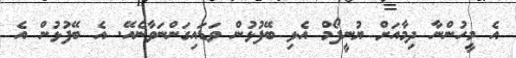
އެ މީހުންނާ ދިމާއަށް ޔުނީފޯމް އެޅި ބޭފުޅުން ވަޑައިގަންނަވާނެއޭ. އެ ބޭފުޅުން އެ